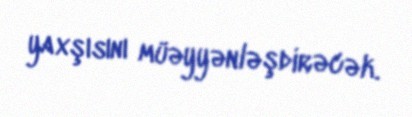
yaxşısını müəyyənləşdirəcək.